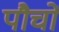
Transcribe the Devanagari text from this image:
पौचों